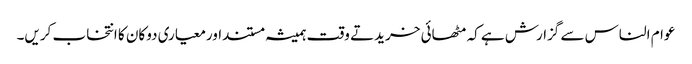
عوام الناس سے گزارش ہے کہ مٹھائی خریدتے وقت ہمیشہ مستنداورمعیاری دوکان کا انتخاب کریں۔